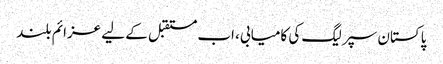
پاکستان سپر لیگ کی کامیابی، اب مستقبل کے لیے عزائم بلند